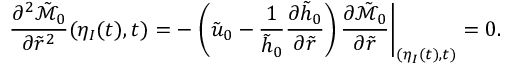
\frac { \partial ^ { 2 } \tilde { \mathcal { M } } _ { 0 } } { \partial \tilde { r } ^ { 2 } } ( \eta _ { I } ( t ) , t ) = - \left. \left( \tilde { u } _ { 0 } - \frac { 1 } { \tilde { h } _ { 0 } } \frac { \partial \tilde { h } _ { 0 } } { \partial \tilde { r } } \right) \frac { \partial \tilde { \mathcal { M } } _ { 0 } } { \partial \tilde { r } } \right| _ { ( \eta _ { I } ( t ) , t ) } = 0 .